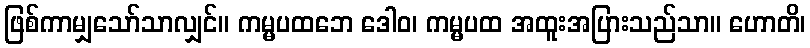
ဖြစ်ကာမျှသော်သာလျှင်။ ကမ္မပထဘေ ဒေါဝ၊ ကမ္မပထ အထူးအပြားသည်သာ။ ဟောတိ၊